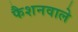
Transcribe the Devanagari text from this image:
फैशनवाले